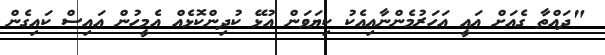
"ދައްތާ ގެއަށް އައީ އަހަރުމެންނާއިއެކު ކިޔަވަން އުޅޭ ކުދިންކޮޅެއް އެމީހުން އައިސް ކައިގެން